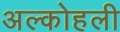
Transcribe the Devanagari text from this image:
अल्कोहली